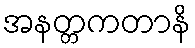
အနတ္တကတာနိ